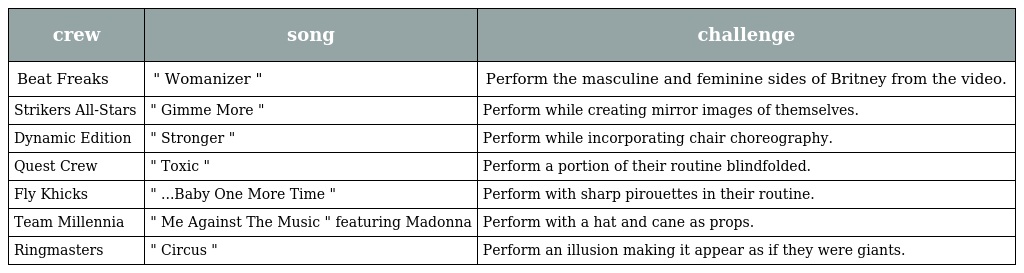
| crew | song | challenge |
 | --- | --- | --- |
 | Beat Freaks | " Womanizer " | Perform the masculine and feminine sides of Britney from the video. |
 | Strikers All-Stars | " Gimme More " | Perform while creating mirror images of themselves. |
 | Dynamic Edition | " Stronger " | Perform while incorporating chair choreography. |
 | Quest Crew | " Toxic " | Perform a portion of their routine blindfolded. |
 | Fly Khicks | " ...Baby One More Time " | Perform with sharp pirouettes in their routine. |
 | Team Millennia | " Me Against The Music " featuring Madonna | Perform with a hat and cane as props. |
 | Ringmasters | " Circus " | Perform an illusion making it appear as if they were giants. |